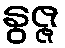
နွဇ္ဇ